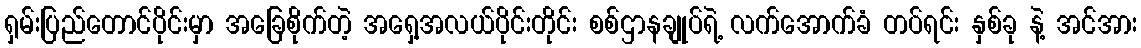
ရှမ်းပြည်တောင်ပိုင်းမှာ အခြေစိုက်တဲ့ အရှေ့အလယ်ပိုင်းတိုင်း စစ်ဌာနချုပ်ရဲ့ လက်အောက်ခံ တပ်ရင်း နှစ်ခု နဲ့ အင်အား